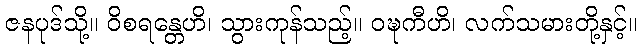
ဇနပုဒ်သို့။ ဝိစရန္တေဟိ၊ သွားကုန်သည့်။ ဝဍ္ဎကီဟိ၊ လက်သမားတို့နှင့်။